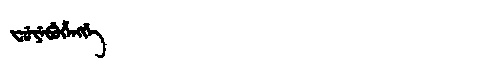
Manchu: ᠸᡠᠶᡝᠪᡠᡥᡝᠩᡤᡝ
Romanization: FUYEBUHENGGE